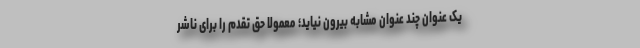
یک عنوان چند عنوان مشابه بیرون نیاید؛ معمولا حق تقدم را برای ناشر